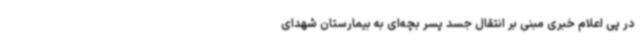
در پی اعلام خبری مبنی بر انتقال جسد پسر بچه‌ای به بیمارستان شهدای